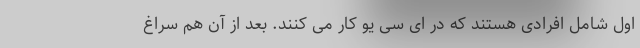
اول شامل افرادی هستند که در ای سی یو کار می کنند. بعد از آن هم سراغ